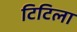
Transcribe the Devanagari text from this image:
टिटिला